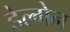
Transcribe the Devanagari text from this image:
हेल्गेन